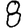
Digit: 8